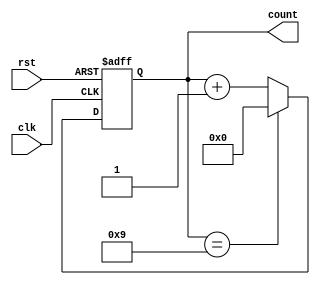
module CascadedCounter
(
    input wire clk,
    input wire rst,
    output reg[3:0] count
);

// Define the counter modules
reg[3:0] counter1;
reg[3:0] counter2;
reg[3:0] counter3;

// Cascade the counters
always @(posedge clk or posedge rst)
begin
    if (rst)
    begin
        counter1 <= 4'b0000;
        counter2 <= 4'b0000;
        counter3 <= 4'b0000;
    end
    else
    begin
        counter1 <= counter1 + 1;
        if (counter1 == 4'b1001)
        begin
            counter1 <= 4'b0000;
            counter2 <= counter2 + 1;
        end
        if (counter2 == 4'b1001)
        begin
            counter2 <= 4'b0000;
            counter3 <= counter3 + 1;
        end
        if (counter3 == 4'b1001)
        begin
            counter3 <= 4'b0000;
        end
    end
end

// Assign the overall count value
always @(counter3, counter2, counter1)
begin
    count = {counter3, counter2, counter1};
end

endmodule